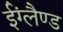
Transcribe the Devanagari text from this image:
ईंग्लैण्ड